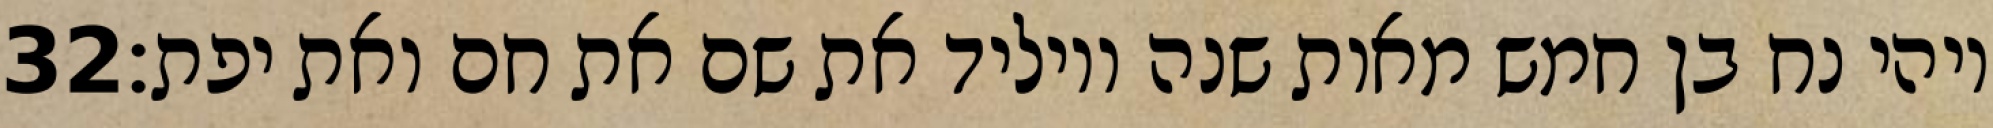
‎32‏ ויהי נח בן חמש מאות שנה ויוליד את שם את חם ואת יפת׃